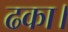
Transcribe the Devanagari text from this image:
ढका।